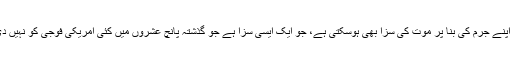
بیلز کو اپنے جرم کی بنا پر موت کی سزا بھی ہوسکتی ہے، جو ایک ایسی سزا ہے جو گذشتہ پانچ عشروں میں کئی امریکی فوجی کو نہیں دی گئی ۔